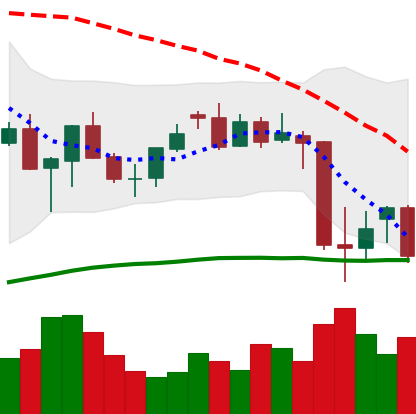
Ticker: XMR-USD
Chart end date: 2021-06-25
Forward return: 13.112%
Label: up_7plus